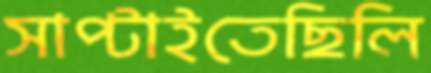
সাপ্‌টাইতেছিলি